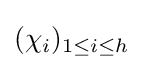
(\chi _{i})_{1\leq i\leq h}